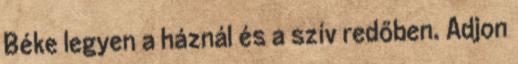
Béke legyen a háznál és a szív redőben. Adjon